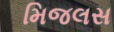
મિજલસ